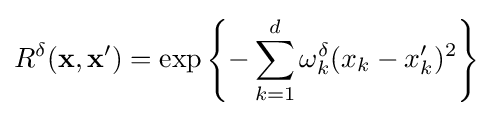
R^{\delta }(\mathbf {x} ,\mathbf {x} ')=\exp \left\{-\sum _{k=1}^{d}\omega _{k}^{\delta }(x_{k}-x_{k}')^{2}\right\}